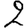
Digit: 2